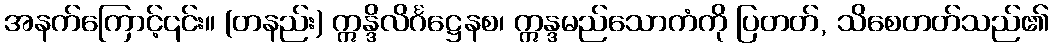
အနက်ကြောင့်၎င်း။ (တနည်း) ဣန္ဒိလိင်္ဂဋ္ဌေနစ၊ ဣန္ဒမည်သောကံကို ပြတတ်, သိစေတတ်သည်၏